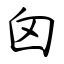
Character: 囟